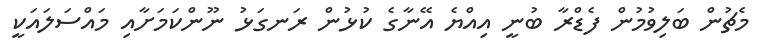
މެޗުން ބަލިވުމުން ފެޑްރާ ބުނީ އިއްޔެ އޭނާގެ ކުޅުން ރަނގަޅު ނޫންކަމަށާއި މައްސަލައަކީ